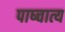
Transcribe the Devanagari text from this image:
पाष्चात्य